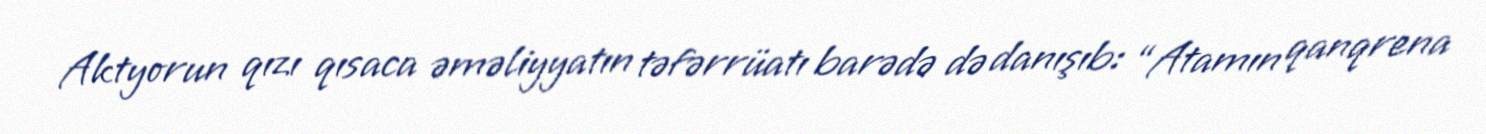
Aktyorun qızı qısaca əməliyyatın təfərrüatı barədə də danışıb: “Atamın qanqrena